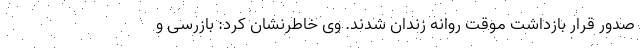
صدور قرار بازداشت موقت روانه زندان شدند. وی خاطرنشان کرد: بازرسی و